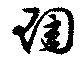
琱